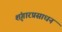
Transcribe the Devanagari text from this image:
शृंगारप्रसाधन